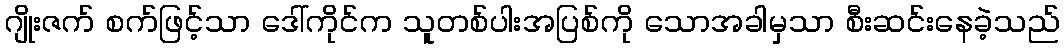
ဂျိုးဇက် စက်ဖြင့်သာ ဒေါ်ကိုင်က သူတစ်ပါးအပြစ်ကို သောအခါမှသာ စီးဆင်းနေခဲ့သည်